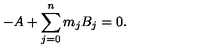
- A + \sum _ { j = 0 } ^ { n } m _ { j } B _ { j } = 0 .